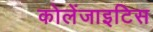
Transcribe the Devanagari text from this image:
कोलेंजाइटिस